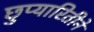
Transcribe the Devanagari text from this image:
छुप्यारितीने